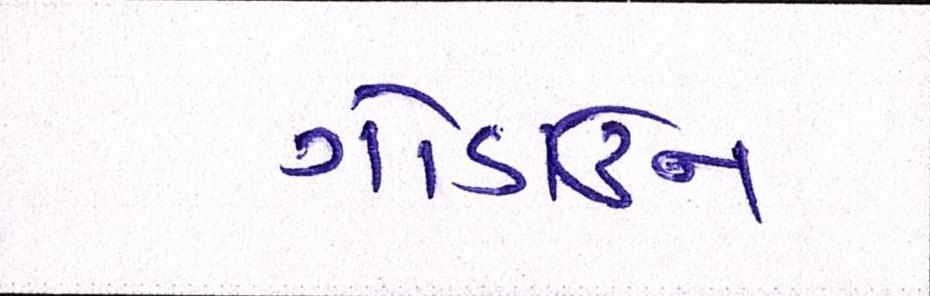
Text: ગોડાઉન